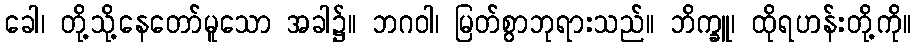
ခေါ၊ တို့သို့နေတော်မူသော အခါ၌။ ဘဂဝါ၊ မြတ်စွာဘုရားသည်။ ဘိက္ခူ၊ ထိုရဟန်းတို့ကို။